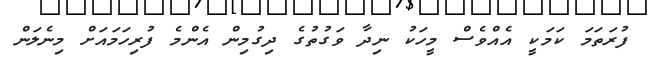
ފުރަތަމަ ކަމަކީ އެއްވެސް މީހަކު ނިދާ ވަގުތުގެ ދިގުމިން އެންމެ ފުރިހަމައަށް މިނެލަން